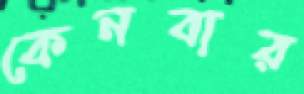
কেনবার